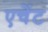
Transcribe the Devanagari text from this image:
एचेंट